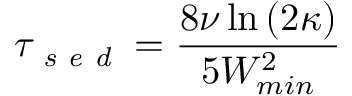
\tau _ { \textit { s e d } } = \frac { 8 \nu \ln \left( 2 \kappa \right) } { 5 W _ { m i n } ^ { 2 } }